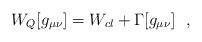
LaTeX: \begin{align*}W_Q[g_{\mu\nu}]=W_{cl}+\Gamma [g_{\mu\nu}]~~,\end{align*}